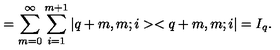
= \sum _ { m = 0 } ^ { \infty } \sum _ { i = 1 } ^ { m + 1 } | q + m , m ; i > < q + m , m ; i | = I _ { q } .